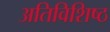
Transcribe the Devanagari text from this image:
अतिविशिष्ठ